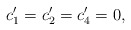
\begin{align*}c_{1}^{\prime }=c_{2}^{\prime }=c_{4}^{\prime }=0, \end{align*}